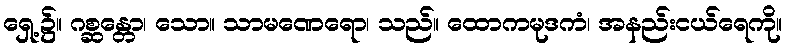
ရှေ့၌။ ဂစ္ဆန္တော၊ သော။ သာမဏေရော၊ သည်။ ထောကမုဒကံ၊ အနည်းငယ်ရေကို။